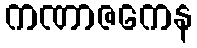
ကဏာဇကေန